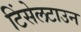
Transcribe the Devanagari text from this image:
टिंसेलटाउन